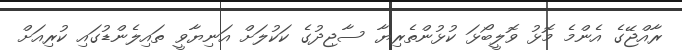
ރާއްޖޭގެ އެންމެ މޮޅު ވޮލީބޯޅަ ކުޅުންތެރިޔާ ސާޖިދުގެ ކަކުލަށް އަނިޔާވީ ތައިލެންޑުގައި ކުރިއަށް